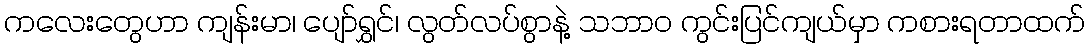
ကလေးတွေဟာ ကျန်းမာ၊ ပျော်ရွှင်၊ လွတ်လပ်စွာနဲ့ သဘာဝ ကွင်းပြင်ကျယ်မှာ ကစားရတာထက်